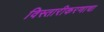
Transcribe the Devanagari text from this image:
विस्तारीकरणाचा